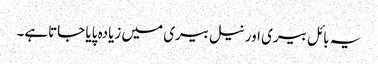
یہ بائل بیری اور نیل بیری میں زیادہ پایا جاتاہے۔